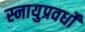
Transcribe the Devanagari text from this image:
स्नायुप्रवर्धों